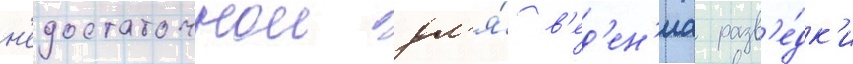
н'едостаточнои дл'я́ в'ед'ен'иа разв'е́дк'и